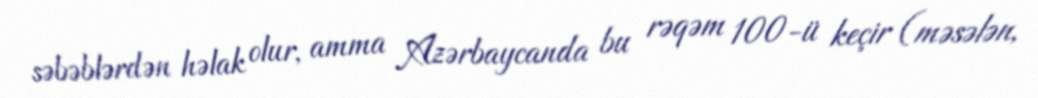
səbəblərdən həlak olur, amma Azərbaycanda bu rəqəm 100-ü keçir (məsələn,